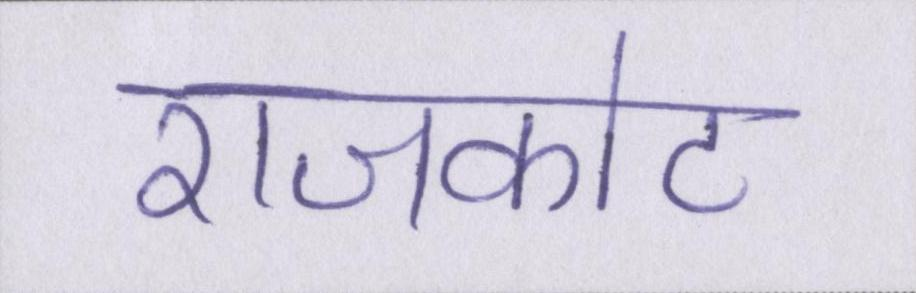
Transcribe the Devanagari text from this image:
राजकोट